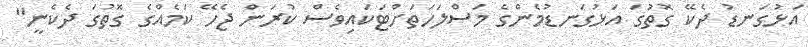
އަޅުގަނޑު ދެކޭ ގޮތުގަ އަޅުގަނޑުމެންގެ މަސްލަހަތަށްޓަކައިވެސް ކުރަން ޖެހޭ ކަމެއްގެ ގޮތުގަ ދެކެނީ"